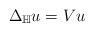
LaTeX: \begin{align*} \Delta_{\mathbb{H}} u= Vu \end{align*}